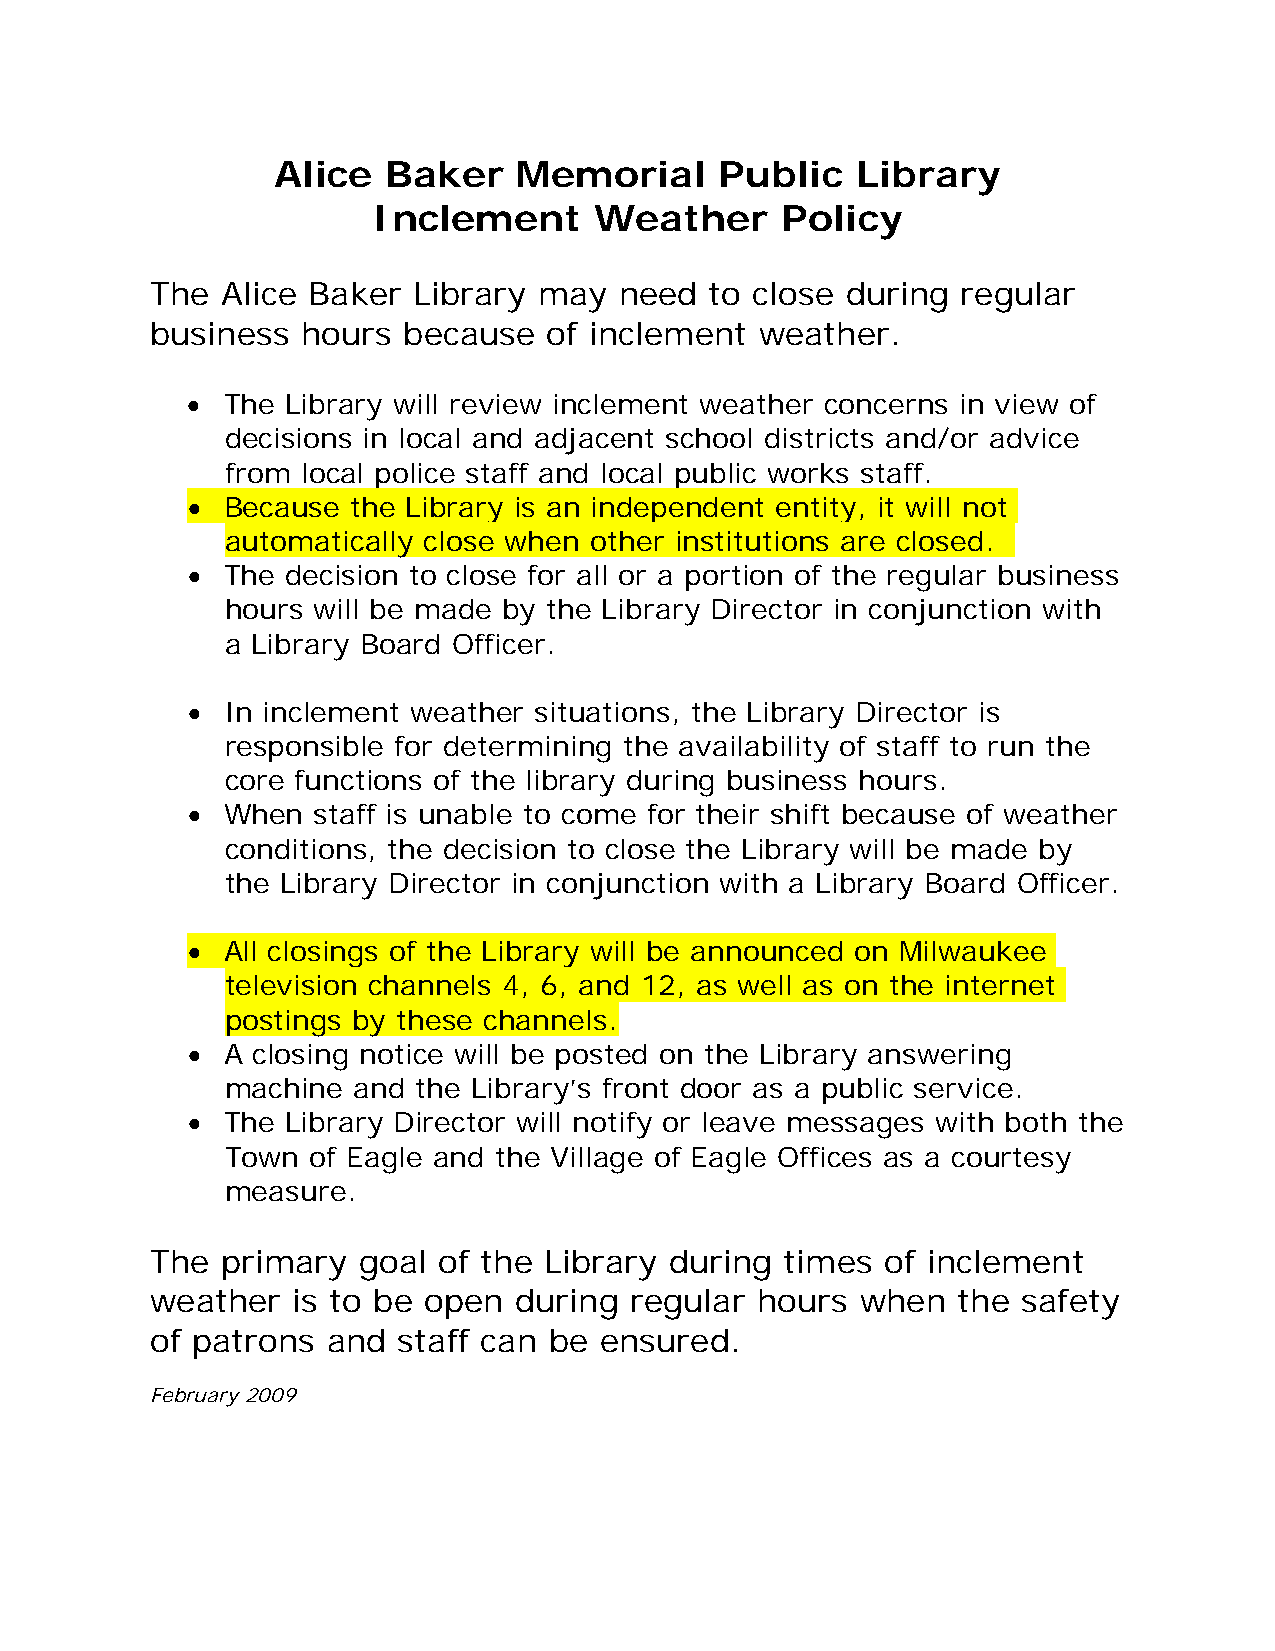
Alice  Baker    Memorial      Public   Library
 Inclement     Weather      Policy
 The  Alice Baker Library  may  need  to close during  regular
 business  hours  because  of inclement  weather.
 •  The Library will review inclement weather concerns in view of
 decisions in local and adjacent school districts and/or advice
 from local police staff and local public works staff.
 •  Because the Library is an independent entity, it will not
 automatically close when other institutions are closed.
 •  The decision to close for all or a portion of the regular business
 hours will be made by the Library Director in conjunction with
 a Library Board Officer.
 •  In inclement weather situations, the Library Director is
 responsible for determining the availability of staff to run the
 core functions of the library during business hours.
 •  When  staff is unable to come for their shift because of weather
 conditions, the decision to close the Library will be made by
 the Library Director in conjunction with a Library Board Officer.
 •  All closings of the Library will be announced on Milwaukee
 television channels 4, 6, and 12, as well as on the internet
 postings by these channels.
 •  A closing notice will be posted on the Library answering
 machine and  the Library’s front door as a public service.
 •  The Library Director will notify or leave messages with both the
 Town  of Eagle and the Village of Eagle Offices as a courtesy
 measure.
 The  primary  goal of the Library during  times  of inclement
 weather  is to be open  during  regular hours  when  the  safety
 of patrons  and staff can be  ensured.
 February 2009